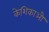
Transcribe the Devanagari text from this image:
केशिकाऔ